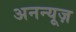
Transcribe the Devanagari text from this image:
अनन्यूज़